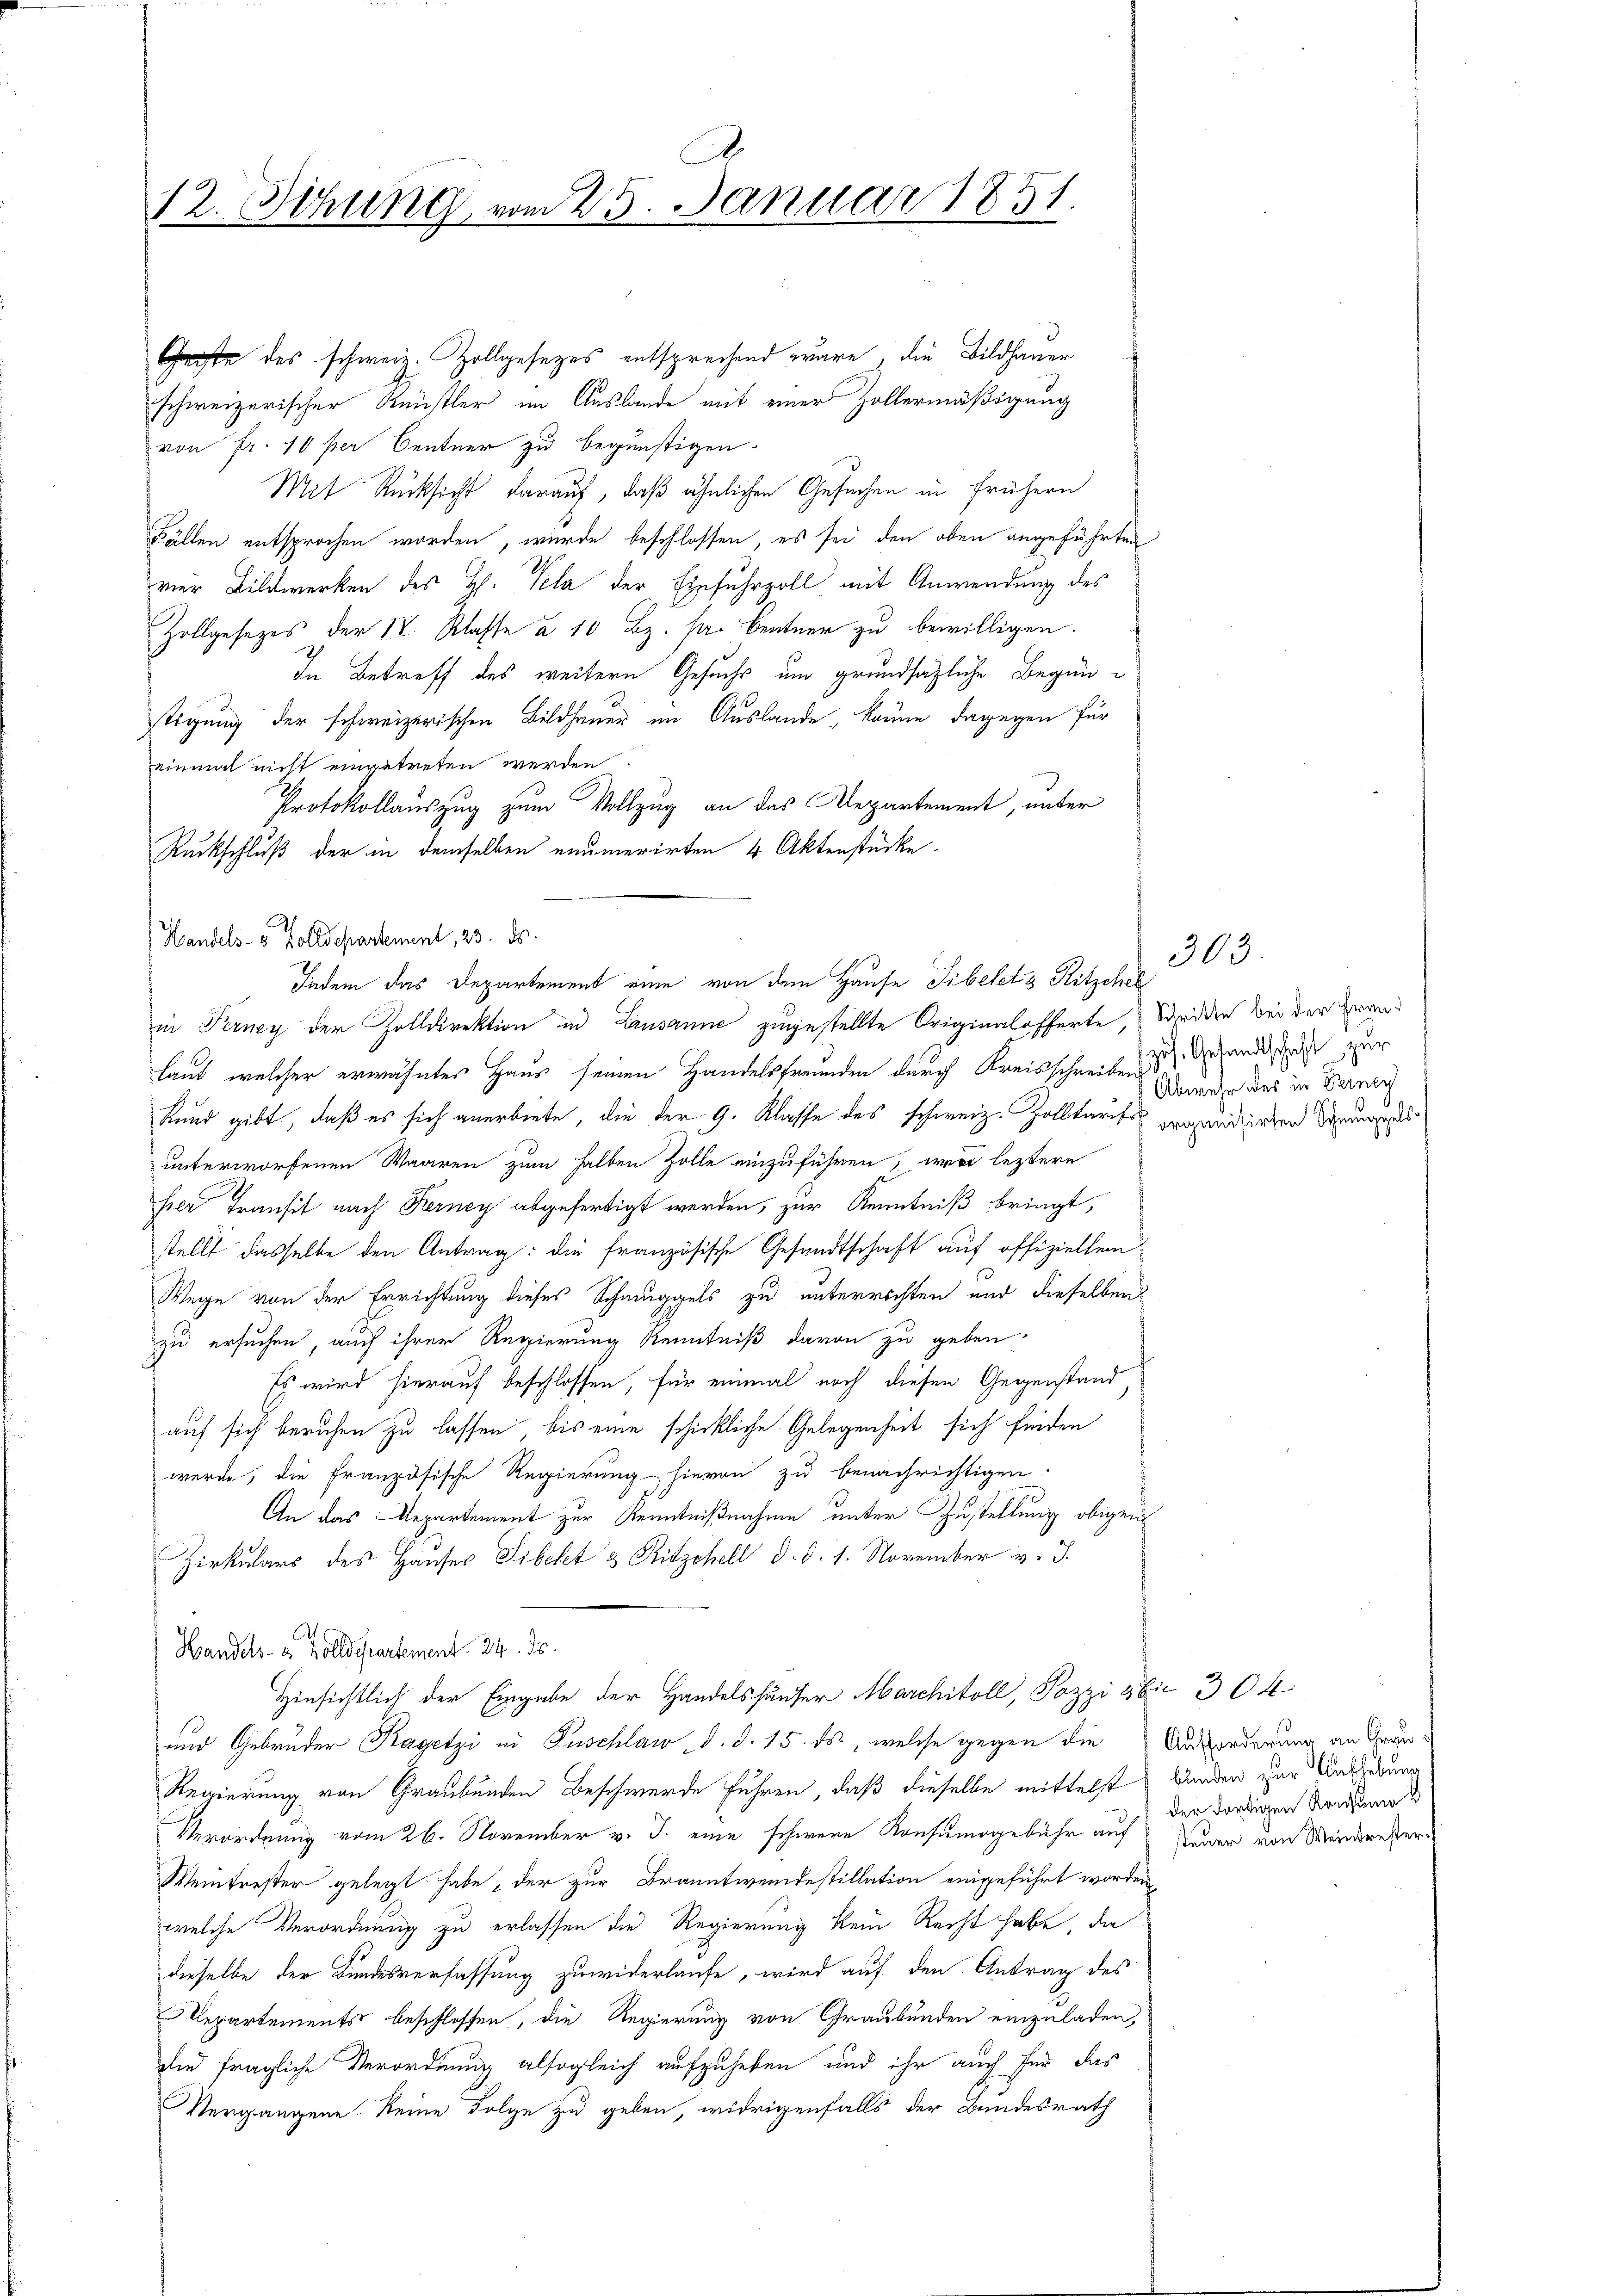
.
12. Dehung vom 25. Januar 1851.

Handels- & Zolldepartement, 23. ds.

Indem das Departement eine von dem Hause Tibelets Ritzchel

Gegte des schweiz. Zollgesezes entsprechend wäre, die Bildhauer
schweizerischer Künstler im Auslande mit einer Zollermäßigung
von Fr. 10 per Centner zu begünstigen.
Mit Rücksicht darauf, daß ähnlichen Gesuchen in frühern
Fällen entsprochen worden, wurde beschlossen, es sei den oben angeführten
vier Bildwerken des H. Pela der Einfuhrzoll mit Anwendung des
Zollgesezes der IV. Klasse à 10 Bz. pr. Centner zu bewilligen.
In Betreff des weitern Gesuchs um grundsätzliche Begünstigung der schweizerischen Bildhauer im Auslande, kanne dagegen für
einmal nicht eingetreten werden
Protokollauszug zum Vollzug an das Departement, unter
Ruckschluß der in demselben enumerirten 4 Aktenstücke.
in Terney der Zolldirektion in Lausanne zugestellte Originalafferte, Scheiden bei der Zwan
laut, welcher erwähntes Haus seinen Handelsfreunden durch Kreisschreiben ds Gesandtschaft zur
kund gibt, daß es sich anerbiete, die der G. Klasse des schweiz. Zolltarifs ergeidirten Wall
unterworfenen Waaren zum halben Zolle einzuführen, wie leztere
hier Transit nach Kerney abgefertigt werden, zur Kenntniß bringt,
stellt dasselbe den Antrag: die französische Gesandtschaft auf offiziellen
Wege von der Errichtung dieses Schmuggels zu unterrichten und dieselben
zu ersuchen, auch ihrer Regierung Kenntniß davon zu geben.
Es wird hierauf beschlossen, für einmal noch diesen Gegenstand
auf sich beruhen zu lassen, bis eine schickliche Gelegenheit sich finden
werde, die französische Regierung hievon zu benachrichtigen.
An das Departement zur Kenntnißnahme unter Zustellung obigen
Zirkulars des Hauser Sibett & Ritzchell d. d. 1. November v. J.
Handels- & Zolldepartement. 24. ds.
Hinsichtlich der Eingabe der Handelshäuser Marchitoll, Pozzi abit 304
und Gebrüder Kagetzi in Puschlaw d. d. 15. ds, welche gegen die
Regierung von Graubünden Beschwerde Fuhren, daß dieselbe mittelst
Verordnung vom 26. November v. J. eine schwere Konsumogebühr auf
Weintrester gelegt habe, der zur Branntwendestillation eingeführt worden
welche Verordnung zu erlassen die Regierung kein Recht habe, die
dieselbe der Bundesverfassung zuwiderlaufe, wird auf den Antrag des
Repartements beschlossen, die Regierung von Graubünden einzuladen,
die fragliche Verordnung alsogleich aufzuheben und ihr auch für das
Vergangene keine Folge zu geben, widrigenfalls der Bundesrath

Abwehr des in Verney

303.

Aufforderung an Grau
bunden zur Aufhebung
der dortigen Konsume
steuer von Weintrester.